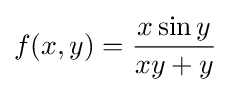
f(x,y)={\frac {x\sin y}{xy+y}}